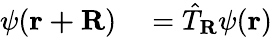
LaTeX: \begin{array}{rl}{\psi(\mathbf{r+R})}&{{}={\hat{T}}_{\mathbf{R}}\psi(\mathbf{r})}\end{array}